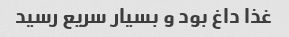
غذا داغ بود و بسیار سریع رسید